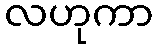
လဟုကာ